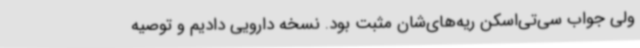
ولی جواب سی‌تی‌اسکن ریه‌های‌شان مثبت بود. نسخه دارویی دادیم و توصیه